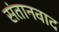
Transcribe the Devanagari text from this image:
संतानवाद